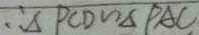
\therefore \Delta P C D \sim \Delta P A C